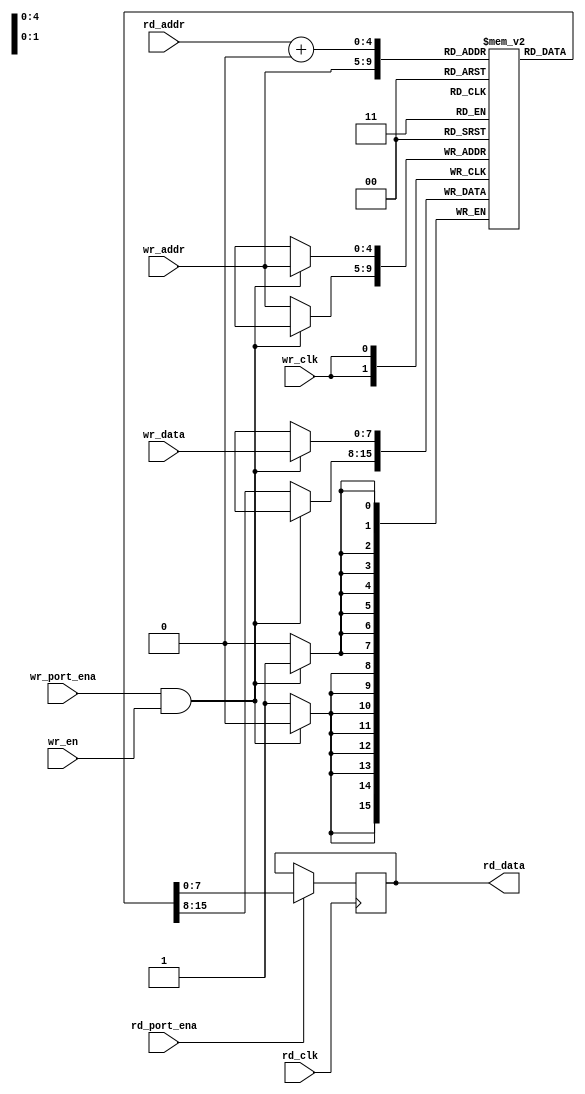
`timescale 1ns / 1ps
//////////////////////////////////////////////////////////////////////////////////
// Module Name: dual_port_ram
// Description: RAM, FIFO, , 
// (*ram_style="block"*), VivadoBRAM
// 
// RAM_ADDR_WIDTH = log2(RAM_DEPTH)
// RAM_RD2WR      = RAM_RD_WIDTH/RAM_DATA_WIDTH, 
//////////////////////////////////////////////////////////////////////////////////


module dual_port_ram
#(parameter RAM_DEPTH       = 'd32     , //RAM
            RAM_ADDR_WIDTH  = 'd5      , //, RAM_DEPTH
            RAM_DATA_WIDTH  = 'd8      , //RAM
            RAM_RD_WIDTH    = 'd8      , //RAM
            RAM_RD2WR       = 'd1        //RAM, RAM, RAM_RD2WR = RAM_RD_WIDTH/RAM_DATA_WIDTH
            
)
    (
        //
        input   wire                        wr_clk          , //
        input   wire                        wr_port_ena     , //, 
        input   wire                        wr_en           , //
        input   wire [RAM_ADDR_WIDTH-1:0]   wr_addr         , //
        input   wire [RAM_DATA_WIDTH-1:0]   wr_data         , //
        
        //
        input   wire                        rd_clk          , //
        input   wire                        rd_port_ena     , //, 
        input   wire [RAM_ADDR_WIDTH-1:0]   rd_addr         , //
        output  reg  [RAM_RD_WIDTH-1:0]     rd_data           //
    );
    
    //
    (*ram_style="block"*)reg [RAM_DATA_WIDTH-1:0] ram_mem[RAM_DEPTH-1:0];
    
    //
    always@(posedge wr_clk) begin
        if(wr_port_ena && wr_en) begin
            ram_mem[wr_addr] <= wr_data;
        end else begin  
            ram_mem[wr_addr] <= ram_mem[wr_addr];
        end
    end
    
    //
    //RAM_RD2WRRAM
    //rd_data
    genvar i;
    generate
        for(i=0;i<RAM_RD2WR;i=i+1) begin: rd_data_out
            always@(posedge rd_clk) begin
                if(rd_port_ena) begin
                rd_data[RAM_RD_WIDTH-1-i*RAM_DATA_WIDTH: RAM_RD_WIDTH-(i+1)*RAM_DATA_WIDTH] <= ram_mem[rd_addr+i]; 
                end else begin
                rd_data[RAM_RD_WIDTH-1-i*RAM_DATA_WIDTH: RAM_RD_WIDTH-(i+1)*RAM_DATA_WIDTH] <= rd_data[RAM_RD_WIDTH-1-i*RAM_DATA_WIDTH: RAM_RD_WIDTH-(i+1)*RAM_DATA_WIDTH];
                end
            end        
        end
    endgenerate
    
    

    
endmodule